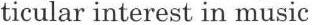
ticular interest in music